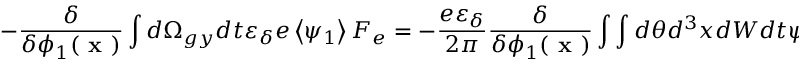
- \frac { \delta } { \delta \phi _ { 1 } ( \textbf { x } ) } \int d \Omega _ { g y } d t \varepsilon _ { \delta } e \left\langle \psi _ { 1 } \right\rangle F _ { e } = - \frac { e \varepsilon _ { \delta } } { 2 \pi } \frac { \delta } { \delta \phi _ { 1 } ( \textbf { x } ) } \int \int d \theta d ^ { 3 } x d W d t \psi _ { 1 } ( \textbf { x } ) F _ { e } ( x - \rho ) ,